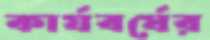
কার্যবর্ষের